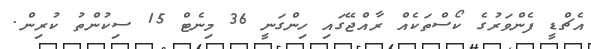
އެޗްޑީ ފެންވަރުގެ ކޯސްތަކެއް ރާއްޖޭގައި ހިންގަނީ 36 މިނެޓް 15 ސިކުންތު ކުރިން.